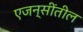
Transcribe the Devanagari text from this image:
एजन्सींतील